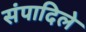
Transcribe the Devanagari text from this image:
संपादिले